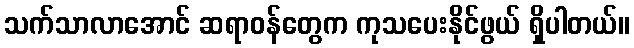
သက်သာလာအောင် ဆရာဝန်တွေက ကုသပေးနိုင်ဖွယ် ရှိပါတယ်။